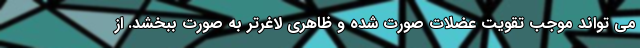
می تواند موجب تقویت عضلات صورت شده و ظاهری لاغرتر به صورت ببخشد. از